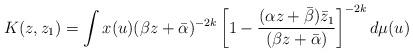
LaTeX: \begin{align*} K(z,z_{1})= \int x(u) (\beta z+ \bar{\alpha})^{-2k} \left[ 1- \frac{(\alpha z+\bar{\beta})\bar{z}_{1}}{(\beta z+\bar{\alpha})} \right]^{-2k} d\mu(u)\end{align*}